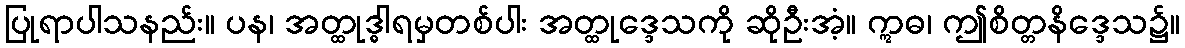
ပြုရာပါသနည်း။ ပန၊ အတ္ထုဒ္ဓါရမှတစ်ပါး အတ္ထုဒ္ဒေသကို ဆိုဦးအံ့။ ဣဓ၊ ဤစိတ္တနိဒ္ဒေသ၌။